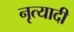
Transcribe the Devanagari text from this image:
नृत्यादी